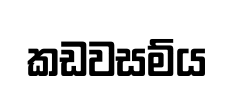
කඩවසම්ය